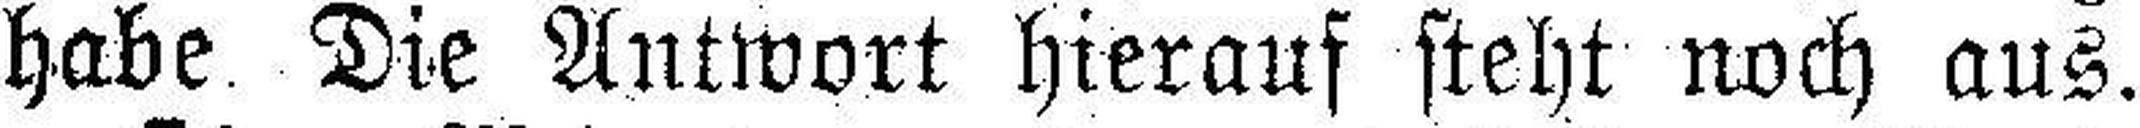
habe. Die Antwort hierauf steht noch aus.